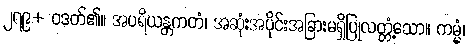
၂၇၉+ ဝဒတ်၏။ အပရိယန္တကတံ၊ အဆုံးအပိုင်းအခြားမရှိပြုလတ္တံ့သော။ ကမ္မံ၊